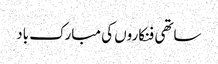
ساتھی فنکاروں‌ کی مبارک باد